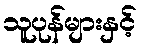
သူပုန်များနှင့်